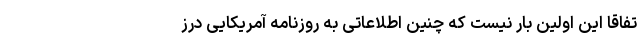
تفاقاً این اولین بار نیست که چنین اطلاعاتی به روزنامه آمریکایی درز